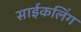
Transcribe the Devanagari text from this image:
साईकलिंग